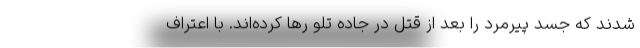
شدند که جسد پیرمرد را بعد از قتل در جاده تلو رها کرده‌اند. با اعتراف